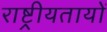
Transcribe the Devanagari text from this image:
राष्ट्रीयतायों